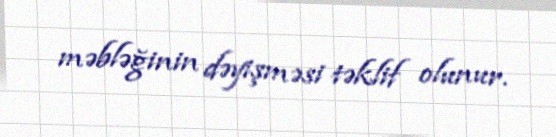
məbləğinin dəyişməsi təklif olunur.